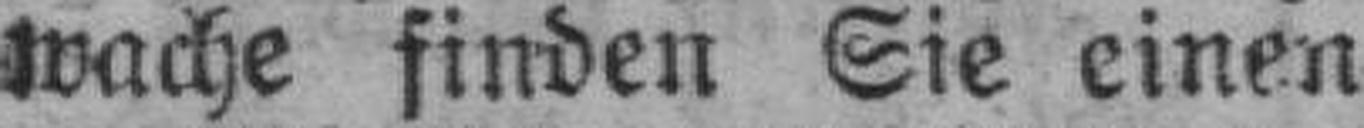
wache finden Sie einen